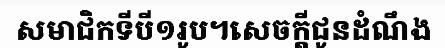
សមាជិកទីបី១រូប។សេចក្តីជូនដំណឹង